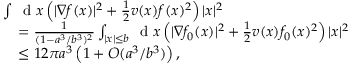
\begin{array} { r l } & { \int \, \textnormal { d } x \left( | \nabla f ( x ) | ^ { 2 } + \frac { 1 } { 2 } v ( x ) f ( x ) ^ { 2 } \right) | x | ^ { 2 } } \\ & { \quad = \frac { 1 } { ( 1 - a ^ { 3 } / b ^ { 3 } ) ^ { 2 } } \int _ { | x | \leq b } \, \textnormal { d } x \left( | \nabla f _ { 0 } ( x ) | ^ { 2 } + \frac { 1 } { 2 } v ( x ) f _ { 0 } ( x ) ^ { 2 } \right) | x | ^ { 2 } } \\ & { \quad \leq 1 2 \pi a ^ { 3 } \left( 1 + O ( a ^ { 3 } / b ^ { 3 } ) \right) , } \end{array}